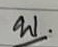
บ